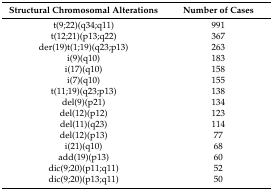
| Structural Chromosomal Alterations | Number of Cases |
 | --- | --- |
 | t(9;22)(q34;q11) | 991 |
 | t(12;21)(p13;q22) | 367 |
 | der(19)t(1;19)(q23;p13) | 263 |
 | i(9)(q10) | 183 |
 | i(17)(q10) | 158 |
 | i(7)(q10) | 155 |
 | t(11;19)(q23;p13) | 138 |
 | del(9)(p21) | 134 |
 | del(12)(p12) | 123 |
 | del(11)(q23) | 114 |
 | del(12)(p13) | 77 |
 | i(21)(q10) | 68 |
 | add(19)(p13) | 60 |
 | dic(9;20)(p11;q11) | 52 |
 | dic(9;20)(p13;q11) | 50 |